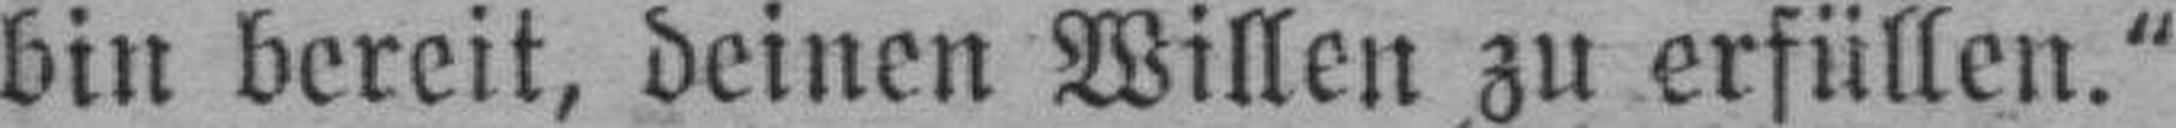
bin bereit, deinen Willen zu erfüllen.“